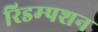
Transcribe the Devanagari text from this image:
रिडम्‍पशन